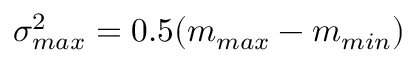
\sigma _ { m a x } ^ { 2 } = 0 . 5 ( m _ { m a x } - m _ { m i n } )